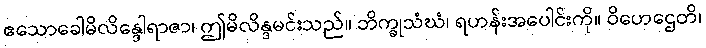
ဧသောခေါမိလိန္ဒေါရာဇာ၊ ဤမိလိန္ဒမင်းသည်။ ဘိက္ခုသံဃံ၊ ရဟန်းအပေါင်းကို။ ဝိဟေဌေတိ၊